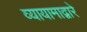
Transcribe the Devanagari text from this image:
व्यायामाद्वारे